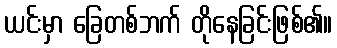
ယင်းမှာ ခြေတစ်ဘက် တိုနေခြင်းဖြစ်၏။